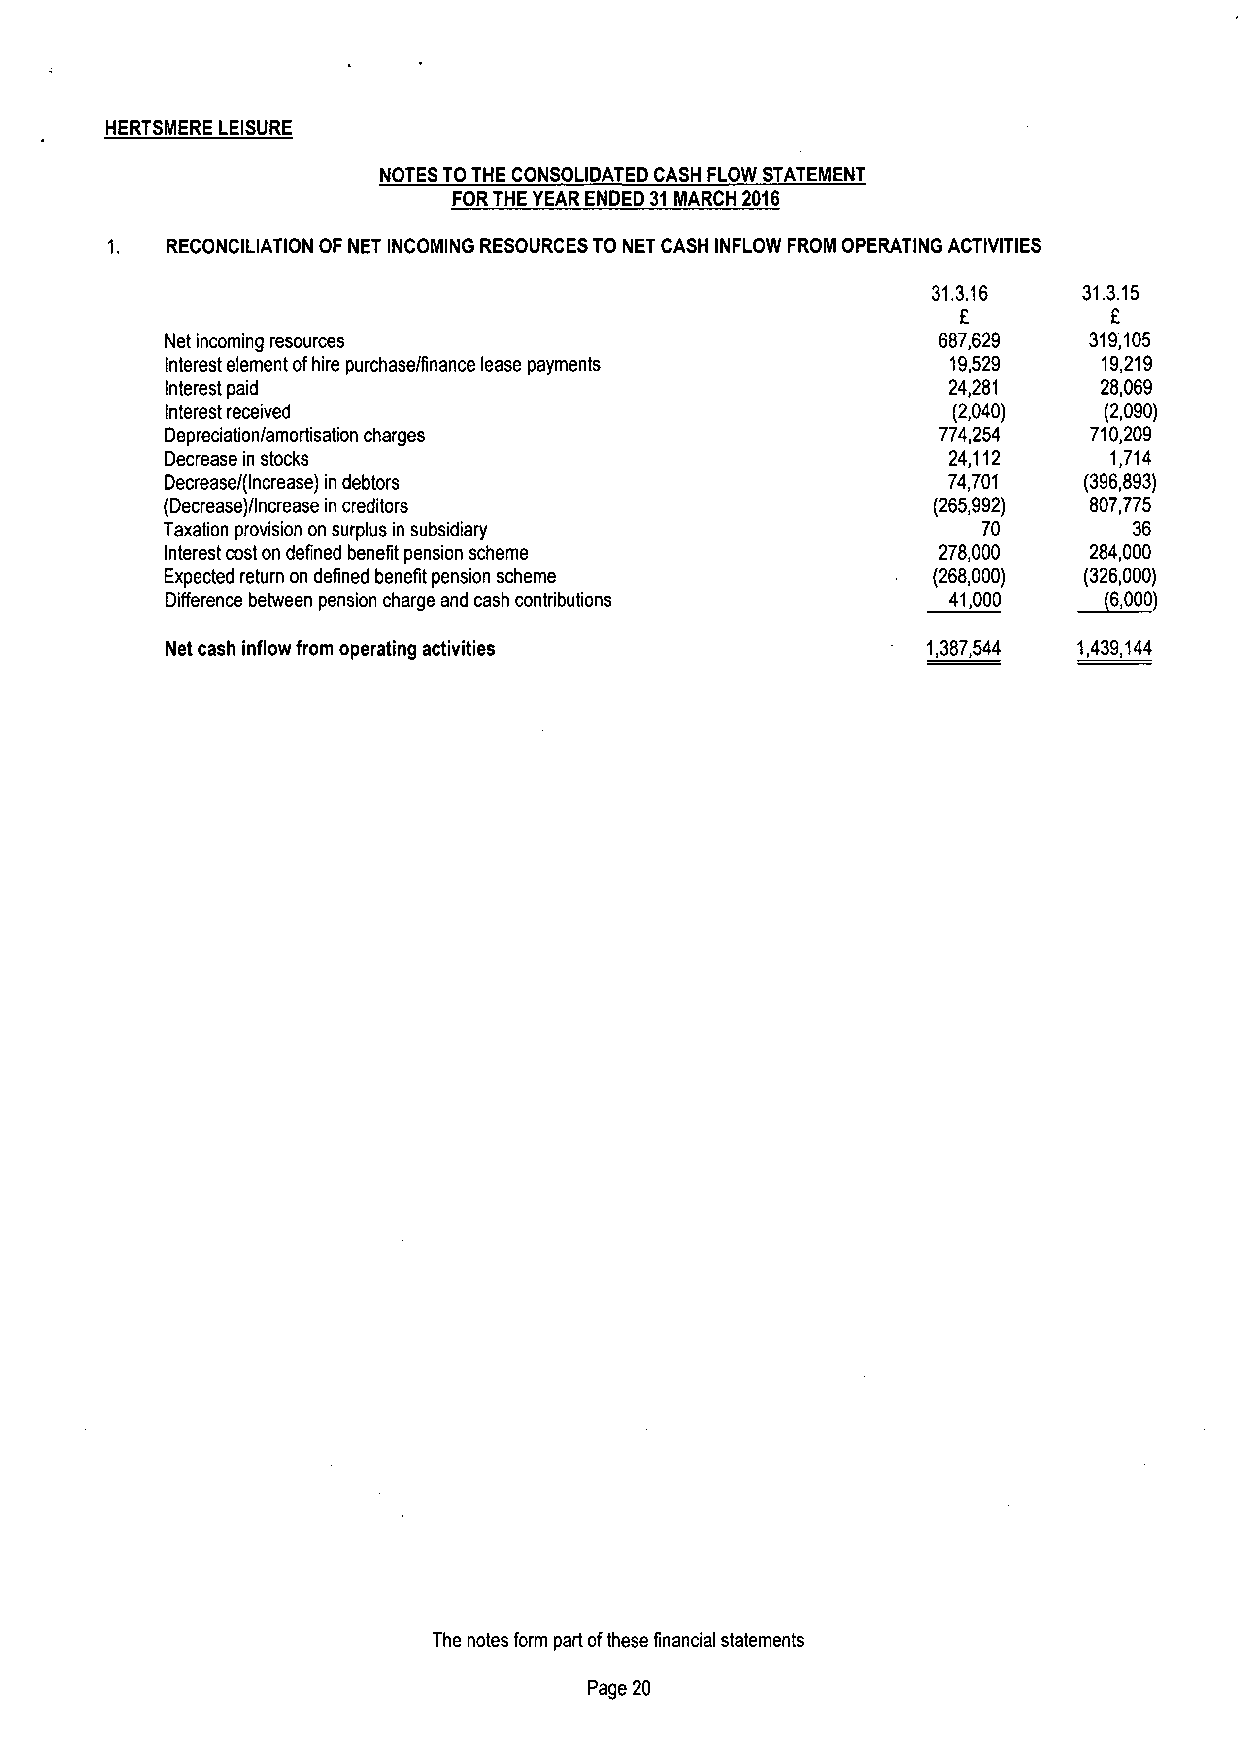
HERTSMERE LEISURE
 NOTES TOTHE CONSOLIDATED CASH FLOW STATEMENT
 FOR THE YEAR ENDED 31MARCH 2016
 RECONCILIATION OF NET INCOMING RESOURCES TO NET CASH INFLOW FROM OPERATING ACTIVITIES
 31.3.16   31.3.15
 E         F
 Net incoming resources                             687,629   319,105
 Interest element ofhire purchase/finance lease payments 19,529 19,219
 Interest paid                                       24,281    28,069
 Interest received                                   (2,040)   (2,090)
 Depreciation/amortisation charges                  774,254   710,209
 Decrease in stocks                                  24,112    1,714
 Decrease/(Increase) in debtors                      74,701   (396,893)
 (Decrease)/Increase in creditors                   (265,992) 807,775
 Taxation provision on surplus in subsidiary           70        36
 Interest cost on defined benefit pension scheme    278,000   284,000
 Expected return on defined benefit pension scheme  (268,000) (326,000)
 ~6,
 Difference between pension charge and cash contributions 41,000 000)
 Net cash inflow from operating activities         1,387,544 1,439,144
 The notes form part ofthese financial statements
 Page 20